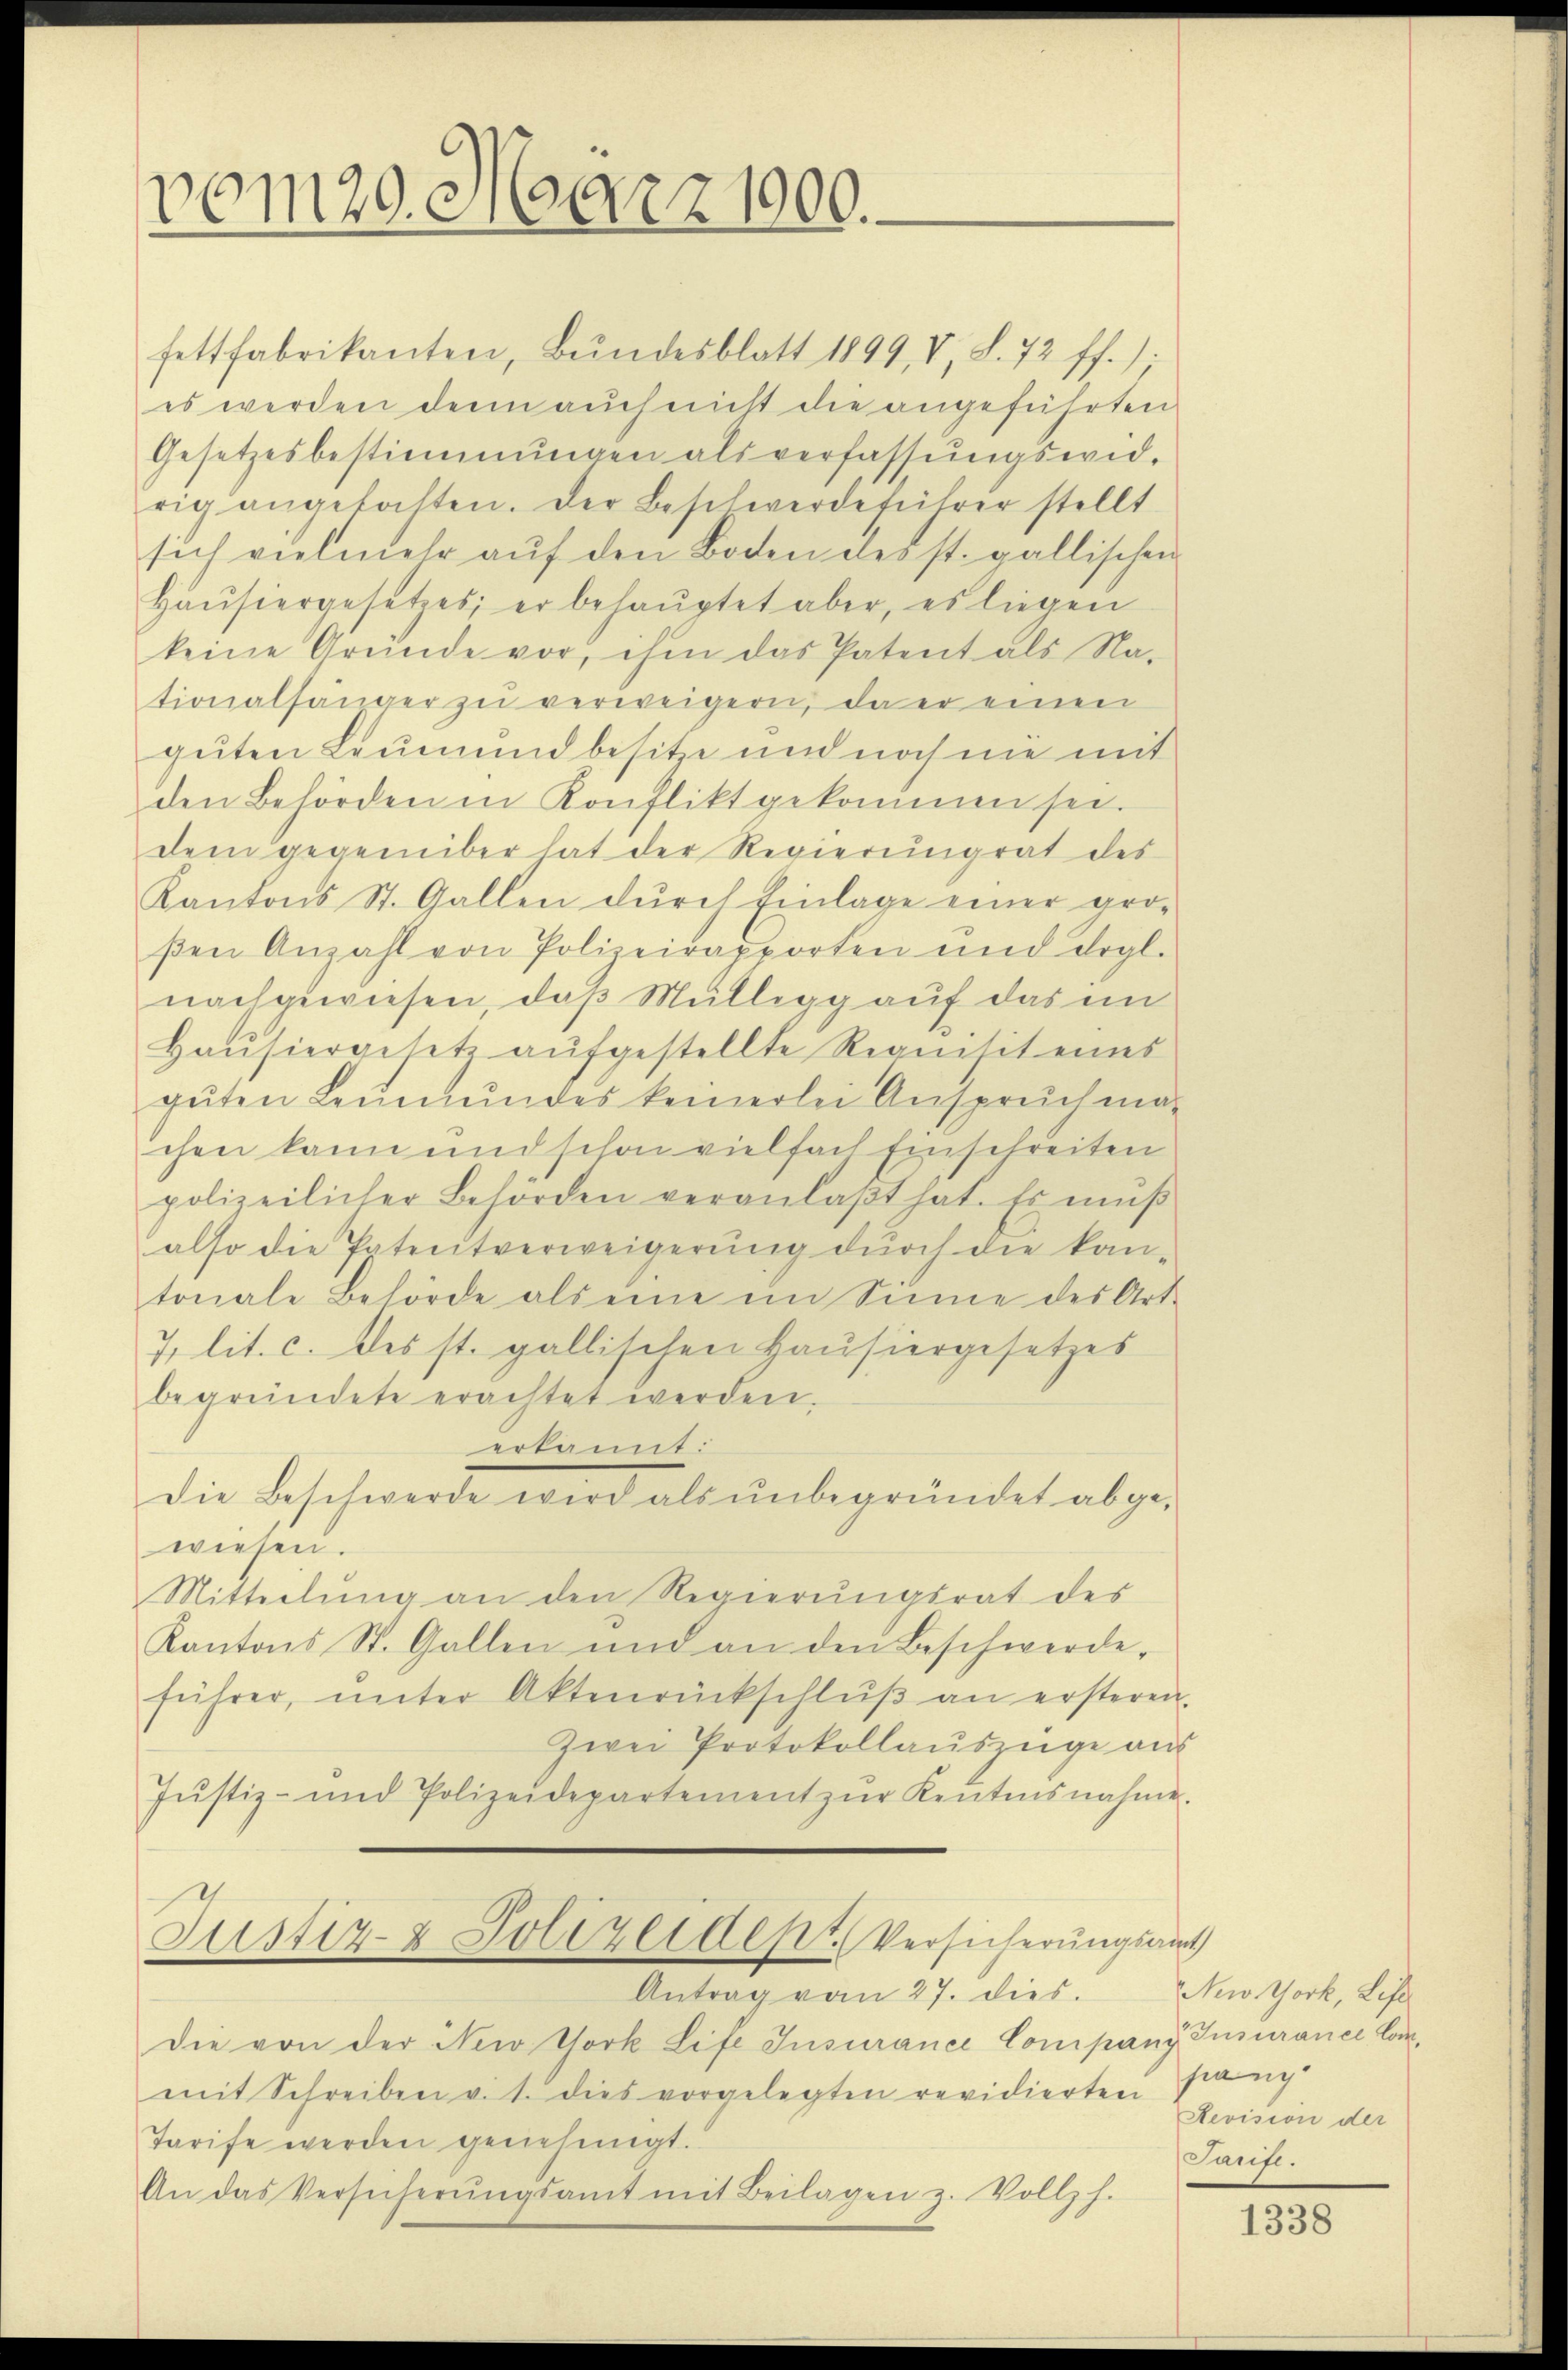
vom 29. März 1900.

fettfabrikanten, Bŭndesblatt 1899, V, S. 72 ff.).
es werden denn auch nicht die angeführten
Gesetzesbestimmungen alsverfassungswidrig angefochten. Der Beschwerdeführer stellt
sich vielmehr auf den Boden des st. gallischen
Haŭsiergesetzes; er behaŭptet aber, es liegen
keine Gründe vor, ihm das Patent als Na-
tionalsänger zu verweigern, da er einen
guten Leumund besitz und noch nie mit
den Behörden in Konflikt gekommen sei.
dem gegenüber hat der Regierŭngrat des
Kantons St. Gallen durch Einlage einer gro-
ßen Anzahl von Polizeirapporten und drgl.
nachgewiesen, daß Müllegg auf das im
Haŭsiergesetz aŭfgestellte Requisit eines
gŭten Leŭmŭndes keinerlei Anspruch ma-
chen kann und schon vielfach Einschreiten
polizeilicher Behörden veranlaβt hat. Es muß
also die Patentverweigerŭng dŭrch die kan-
tonale Behörde als eine im Sinne des Art.
7 lit. c. des st. gallischen Haŭsiergesetzes
begründete erachtet werden.
erkannt:
die Beschwerde wird als unbegründet abge-
wiesen.
Mitteilung an den Regierungsrat des
Kantons St. Gallen und an den Beschwerde,
führer, ŭnter Aktenrückschlŭβ an ersteren.
Zwei Protokollauszüge aus
Jŭstiz- und Polizeidepartement zŭr Keŭtesnahme.
Justiz- & Polizeident Versicherungsamt
Antrag vom 27. dies. Notork, Life
die von der New York Life Insurance Company Insurance Commit Schreiben v. 1. dies vorgelegten revidierten ganz
Tarife werden genehmigt.
An das Versicherŭngsamt mit Beilagen z. Vollz h.

Revision der
Saufl.

1338